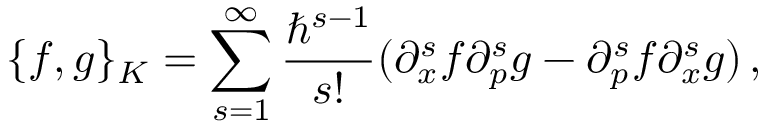
\{ f , g \} _ { K } = \sum _ { s = 1 } ^ { \infty } { \frac { \hbar ^ { s - 1 } } { s ! } } ( \partial _ { x } ^ { s } f \partial _ { p } ^ { s } g - \partial _ { p } ^ { s } f \partial _ { x } ^ { s } g ) \, ,